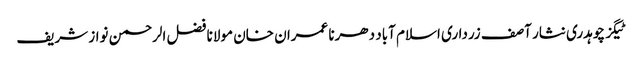
ٹیگز چوہدری نثار آصف زرداری اسلام آباد دھرنا عمران خان مولانا فضل الرحمن نواز شریف